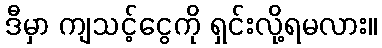
ဒီမှာ ကျသင့်ငွေကို ရှင်းလို့ရမလား။